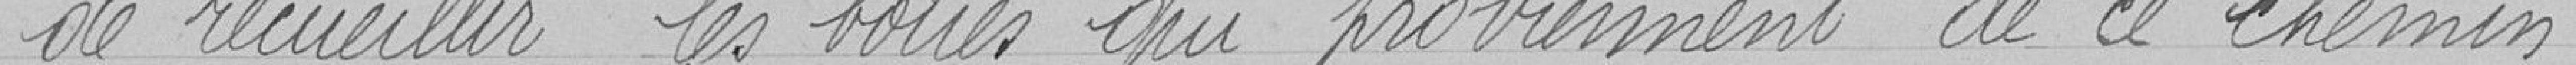
de recueillir les boues qui proviennent de ce chemin.